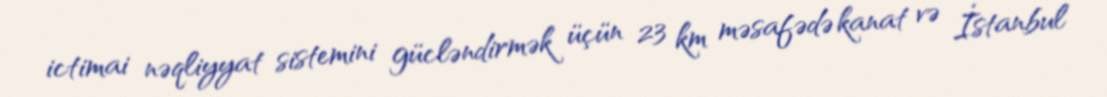
ictimai nəqliyyat sistemini gücləndirmək üçün 23 km məsafədə kanat və İstanbul